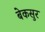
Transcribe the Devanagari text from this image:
बेकसुर